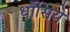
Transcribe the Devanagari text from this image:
धौंसिये